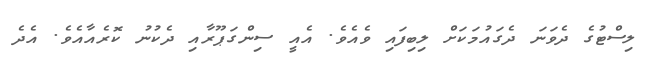
ލިސްޓުގެ ދެވަނަ ދެގައުމަކަށް ލިބިފައި ވެއެވެ. އެއީ ސިންގަޕޫރާއި ދެކުނު ކޮރެއާއެވެ. އެދެ